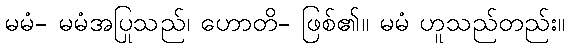
မမံ- မမံအပြုသည်၊ ဟောတိ- ဖြစ်၏။ မမံ ဟူသည်တည်း။